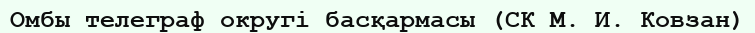
Омбы телеграф округі басқармасы (СК М. И. Ковзан)